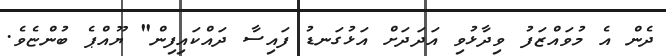
ދެން އެ މުވައްޒަފު ވިދާޅުވި އަދަދަށް އަޅުގަނޑު ފައިސާ ދައްކައިފިން" ޔޫއްޕެ ބުންޏެވެ.